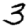
Digit: 3